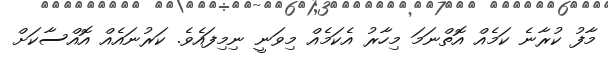
މާފު ކުރާނެ ކަމެއް އޮތްނަމަ މިހާރު އެކަމެއް މިވަނީ ނިިމިފައެވެ. ކަރުނައެއް އޮއްސާކަށް